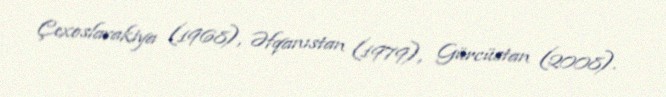
Çexoslavakiya (1968), Əfqanıstan (1979), Gürcüstan (2008).